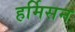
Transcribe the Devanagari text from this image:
हर्मिसन